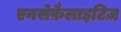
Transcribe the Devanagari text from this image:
एनसेफ़ैलाइटिज़